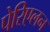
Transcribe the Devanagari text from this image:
पेरिएलन